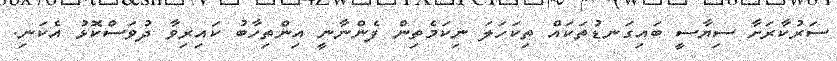
ސަރުކާރަށާ ސިޔާސީ ބައިގަނޑުތަކައް ތިކަހަލަ ނިކަމެތިން ފެންނާނީ އިންތިހާބު ކައިރިވާ ދުވަސްކޮޅު އެކަނި.